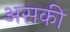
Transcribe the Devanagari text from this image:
असकी